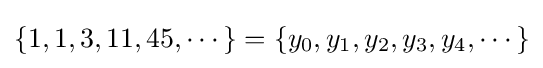
\{1,1,3,11,45,\cdots \}=\{y_{0},y_{1},y_{2},y_{3},y_{4},\cdots \}